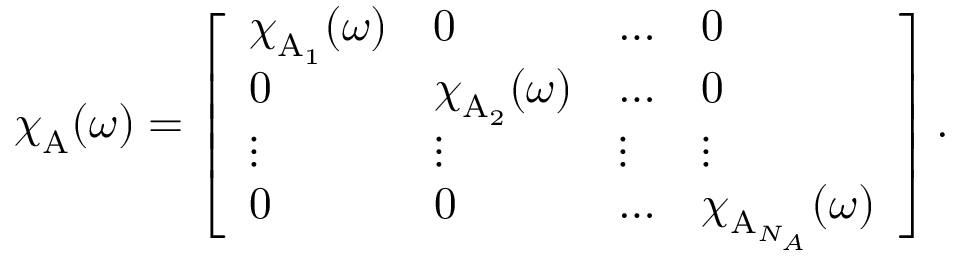
{ \boldsymbol { \chi } } _ { \mathrm { A } } ( \omega ) = \left[ \begin{array} { l l l l } { { \boldsymbol { \chi } } _ { \mathrm { A } _ { 1 } } ( \omega ) } & { 0 } & { \dots } & { 0 } \\ { 0 } & { { \boldsymbol { \chi } } _ { \mathrm { A } _ { 2 } } ( \omega ) } & { \dots } & { 0 } \\ { \vdots } & { \vdots } & { \vdots } & { \vdots } \\ { 0 } & { 0 } & { \dots } & { { \boldsymbol { \chi } } _ { \mathrm { A } _ { N _ { A } } } ( \omega ) } \end{array} \right] .